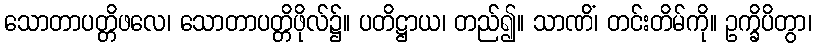
သောတာပတ္တိဖလေ၊ သောတာပတ္တိဖိုလ်၌။ ပတိဋ္ဌာယ၊ တည်၍။ သာဏိံ၊ တင်းတိမ်ကို။ ဥက္ခိပိတွာ၊